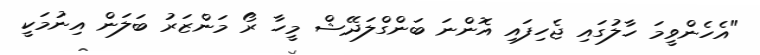
"އެހެންވީމަ ހާލުގައި ޖެހިފައި އޮންނަ ބަންގްލަދޭޝް މީހާ ރޯ މަންޒަރު ބަލަން އިނުމަކީ